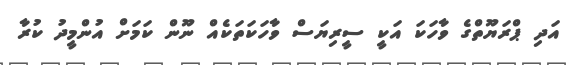
އަދި ޕްރަޔޫތްގެ ވާހަކަ އަކީ ސީރިޔަސް ވާހަކަތަކެއް ނޫން ކަމަށް އުންމީދު ކުރާ